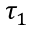
\tau _ { 1 }